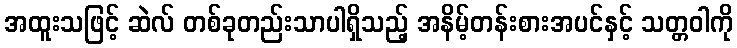
အထူးသဖြင့် ဆဲလ် တစ်ခုတည်းသာပါရှိသည့် အနိမ့်တန်းစားအပင်နှင့် သတ္တဝါကို